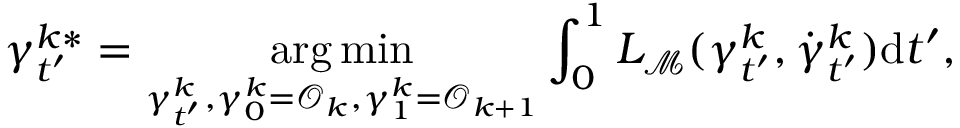
\gamma _ { t ^ { \prime } } ^ { k * } = \underset { \gamma _ { t ^ { \prime } } ^ { k } , \gamma _ { 0 } ^ { k } = \mathcal { O } _ { k } , \gamma _ { 1 } ^ { k } = \mathcal { O } _ { k + 1 } } { \arg \operatorname* { m i n } } \int _ { 0 } ^ { 1 } L _ { { \mathcal { M } } } ( \gamma _ { t ^ { \prime } } ^ { k } , \dot { \gamma } _ { t ^ { \prime } } ^ { k } ) \mathrm { d } t ^ { \prime } ,